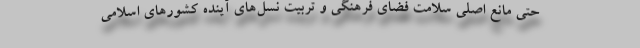
حتی مانع اصلی سلامت فضای فرهنگی و تربیت نسل‌های آینده کشورهای اسلامی